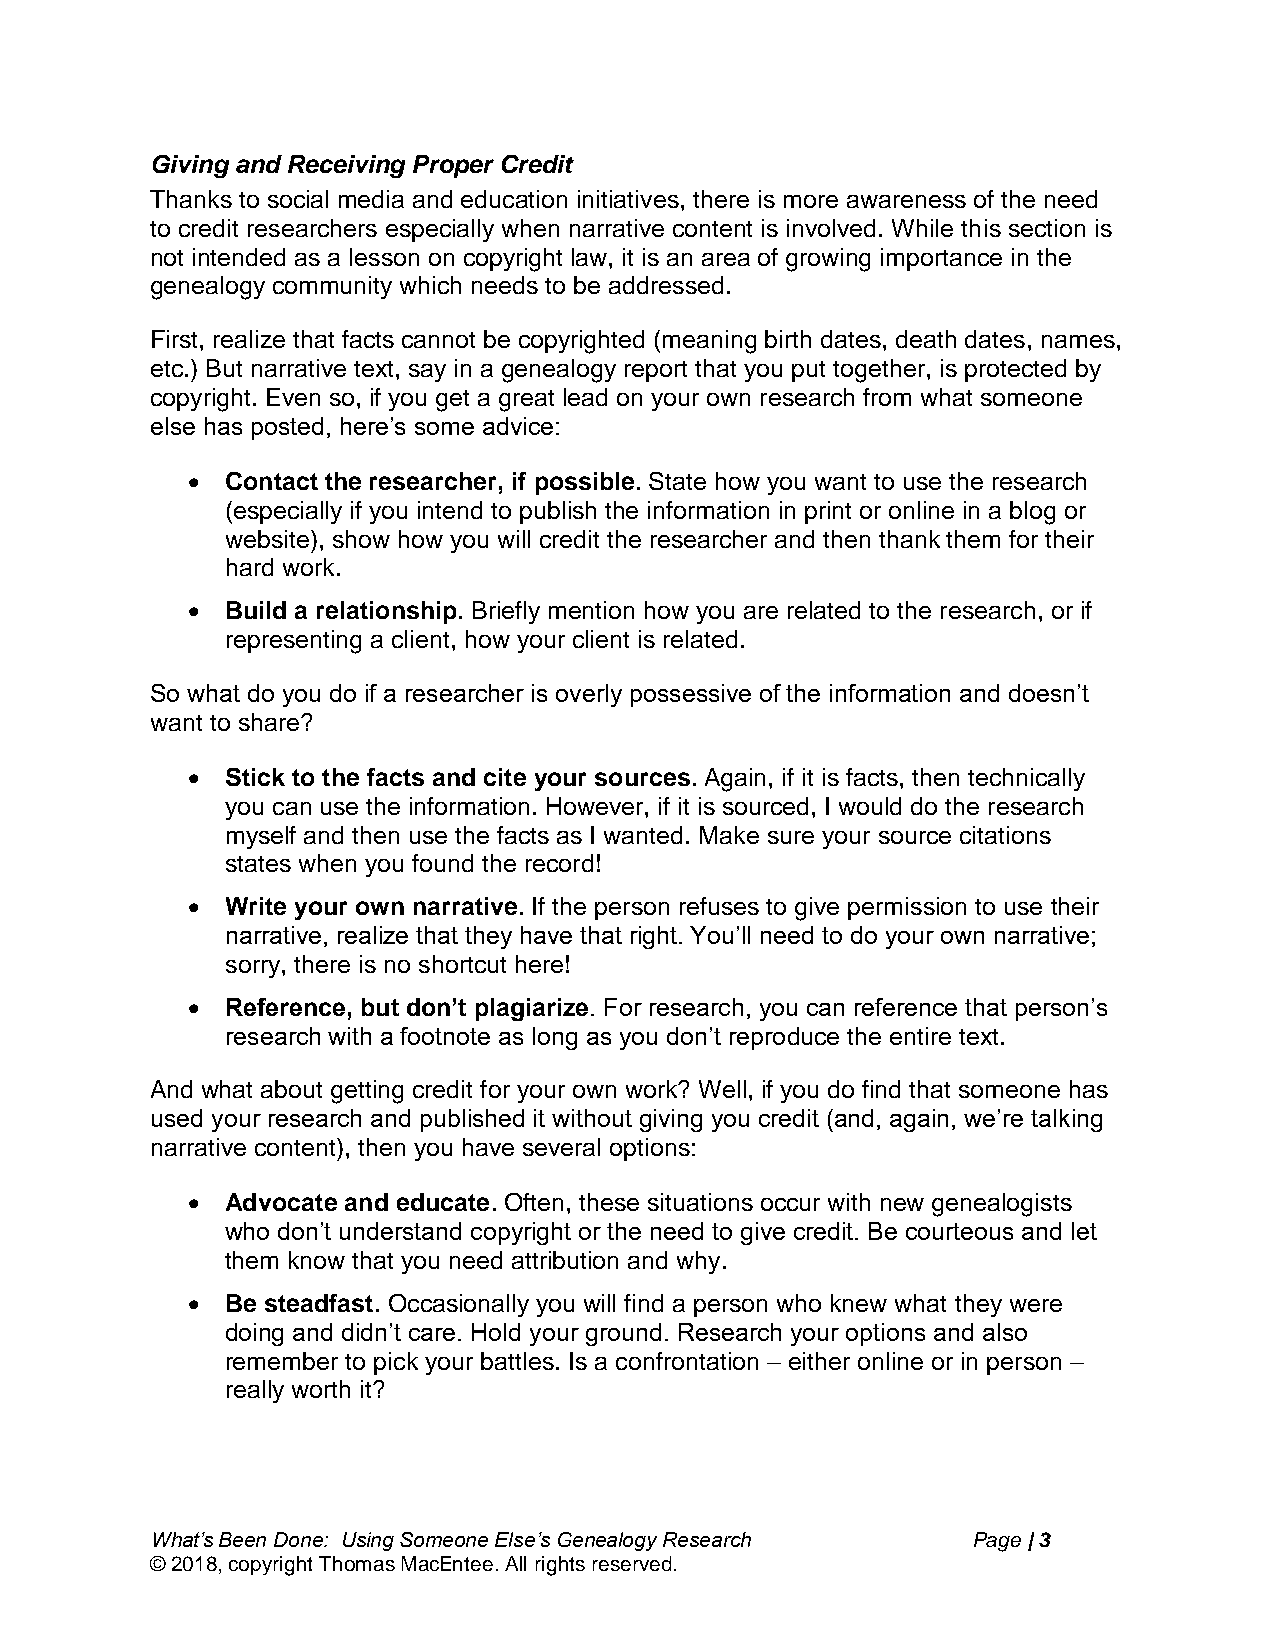
Giving and Receiving Proper Credit
 Thanks to social media and education initiatives, there is more awareness of the need
 to credit researchers especially when narrative content is involved. While this section is
 not intended as a lesson on copyright law, it is an area of growing importance in the
 genealogy community which needs to be addressed.
 First, realize that facts cannot be copyrighted (meaning birth dates, death dates, names,
 etc.) But narrative text, say in a genealogy report that you put together, is protected by
 copyright. Even so, if you get a great lead on your own research from what someone
 else has posted, here’s some advice:
   Contact the researcher, if possible. State how you want to use the research
 (especially if you intend to publish the information in print or online in a blog or
 website), show how you will credit the researcher and then thank them for their
 hard work.
   Build a relationship. Briefly mention how you are related to the research, or if
 representing a client, how your client is related.
 So what do you do if a researcher is overly possessive of the information and doesn’t
 want to share?
   Stick to the facts and cite your sources. Again, if it is facts, then technically
 you can use the information. However, if it is sourced, I would do the research
 myself and then use the facts as I wanted. Make sure your source citations
 states when you found the record!
   Write your own narrative. If the person refuses to give permission to use their
 narrative, realize that they have that right. You’ll need to do your own narrative;
 sorry, there is no shortcut here!
   Reference, but don’t plagiarize. For research, you can reference that person’s
 research with a footnote as long as you don’t reproduce the entire text.
 And what about getting credit for your own work? Well, if you do find that someone has
 used your research and published it without giving you credit (and, again, we’re talking
 narrative content), then you have several options:
   Advocate and educate. Often, these situations occur with new genealogists
 who don’t understand copyright or the need to give credit. Be courteous and let
 them know that you need attribution and why.
   Be steadfast. Occasionally you will find a person who knew what they were
 doing and didn’t care. Hold your ground. Research your options and also
 remember to pick your battles. Is a confrontation – either online or in person –
 really worth it?
 What’s Been Done: Using Someone Else’s Genealogy Research Page | 3
 © 2018, copyright Thomas MacEntee. All rights reserved.